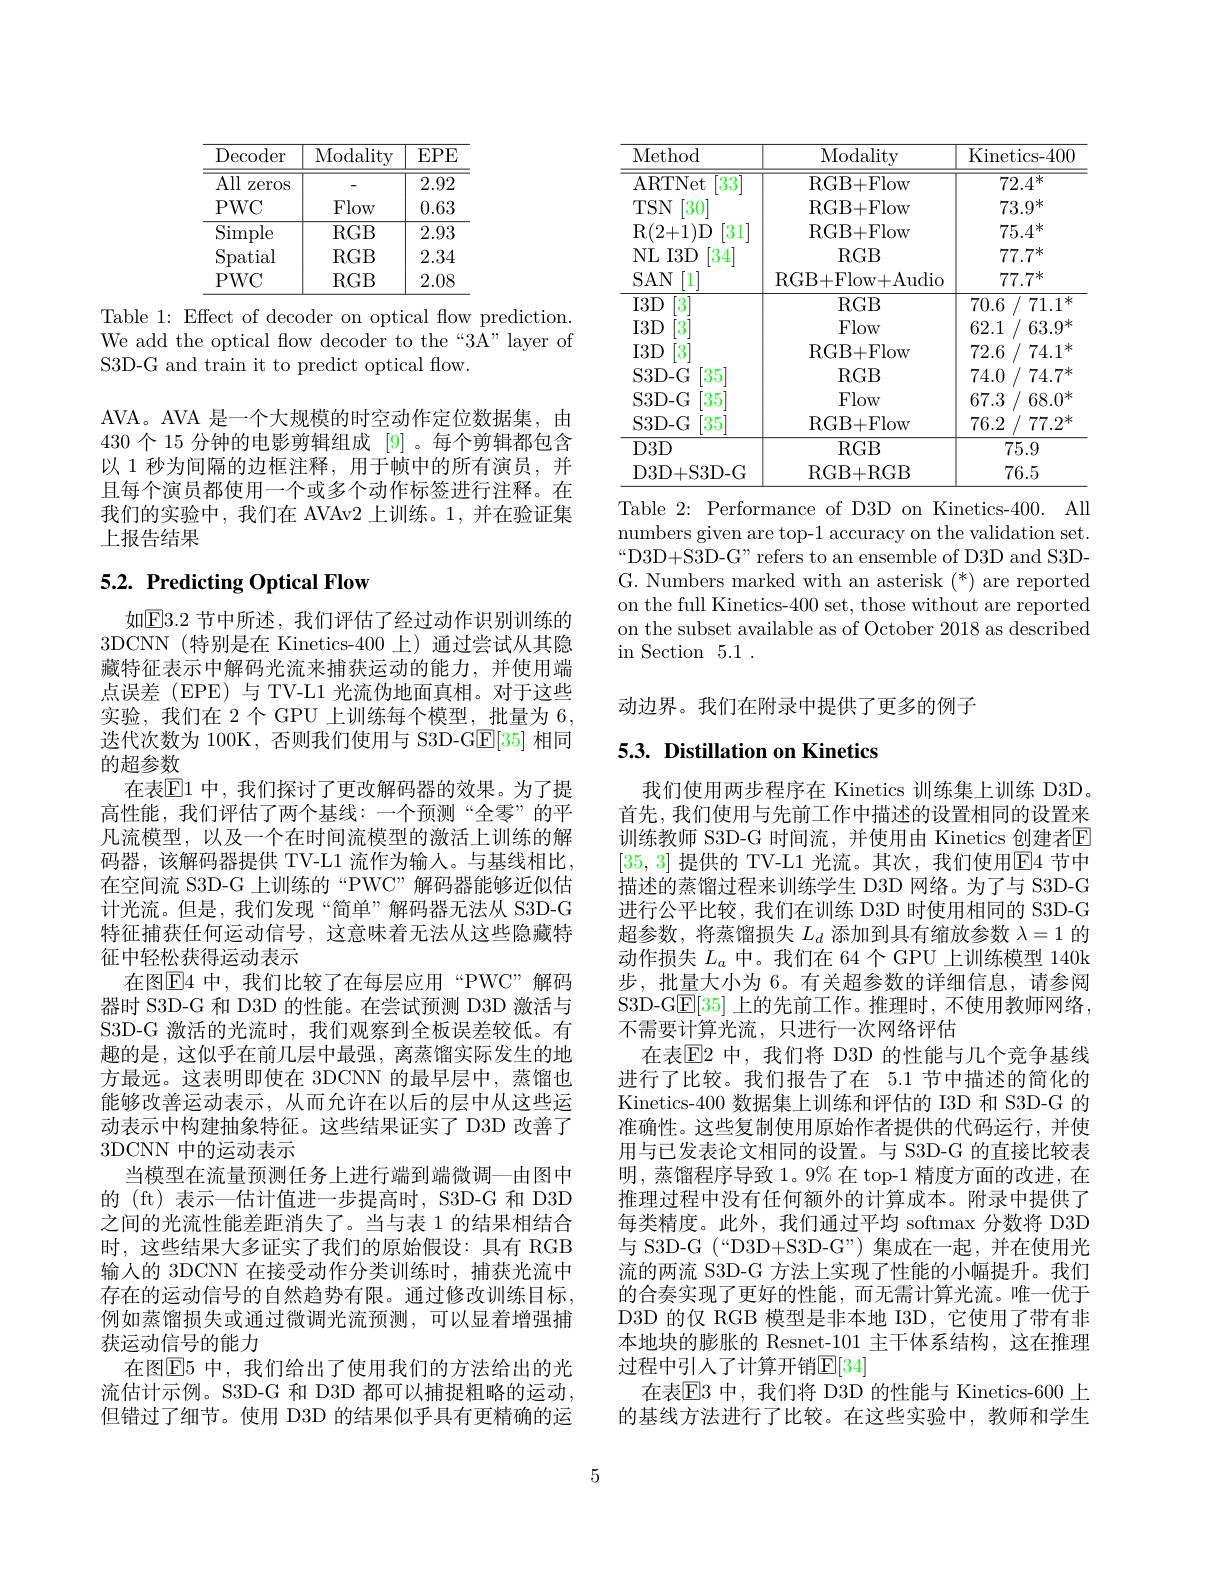
<table>
	<tbody>
		<tr>
			<th>$\operatorname{Decoder}$</th>
			<th>${\overline{{\mathrm{Modality}}}}$</th>
			<th>$EPE$</th>
		</tr>
		<tr>
			<td>All Zeros</td>
			<td> </td>
			<td>2.92</td>
		</tr>
		<tr>
			<td>$PWC$</td>
			<td>Flow</td>
			<td>0.63</td>
		</tr>
		<tr>
			<td>Simple</td>
			<td>$RGB$</td>
			<td>2.93</td>
		</tr>
		<tr>
			<td>Spatial</td>
			<td>$RGB$</td>
			<td>2.34</td>
		</tr>
		<tr>
			<td>PWC</td>
			<td>$RGB$</td>
			<td>2.08</td>
		</tr>
	</tbody>
</table>

Table 1: Effect of decoder on optical flow prediction. We add the optical flow decoder to the “3A”layer of S3D-G and train it to predict optical flow.

AVA。AVA 是一个大规模的时空动作定位数据集，由430个 15 分钟的电影剪辑组成 [9]。每个剪辑都包含以 1 秒为间隔的边框注释，用于帧中的所有演员，并且每个演员都使用一个或多个动作标签进行注释。在我们的实验中，我们在 AVAv2 上训练。1,并在验证集上报告结果

# $5. 2. \textbf{Predicting Optical Flow}$

如$\mathbb{E}3.2$ 节中所述，我们评估了经过动作识别训练的3DCNN (特别是在 Kinetics-400 上)通过尝试从其隐藏特征表示中解码光流来捕获运动的能力，并使用端点误差(EPE)与 TV-L1 光流伪地面真相。对于这些实验，我们在 2个 GPU 上训练每个模型，批量为 6, 迭代次数为 100K, 否则我们使用与 S3D-G$\underline{\mathrm{E}}[35]$相同的超参数
在表$\mathbb{E}$1 中，我们探讨了更改解码器的效果。为了提高性能，我们评估了两个基线：一个预测“全零”的平凡流模型，以及一个在时间流模型的激活上训练的解码器，该解码器提供 TV-L1 流作为输入。与基线相比， 在空间流 S3D-G 上训练的“PWC”解码器能够近似估计光流。但是，我们发现“简单”解码器无法从 S3D-G 特征捕获任何运动信号，这意味着无法从这些隐藏特征中轻松获得运动表示
在图$\mathbb{E}$4 中，我们比较了在每层应用“PWC”解码器时 S3D-G 和 D3D 的性能。在尝试预测 D3D 激活与S3D-G 激活的光流时，我们观察到全板误差较低。有趣的是，这似乎在前几层中最强，离蒸馏实际发生的地方最远。这表明即使在 3DCNN 的最早层中，蒸馏也能够改善运动表示，从而允许在以后的层中从这些运动表示中构建抽象特征。这些结果证实了 D3D 改善了3DCNN 中的运动表示
当模型在流量预测任务上进行端到端微调一由图中的 (ft) 表示—估计值进一步提高时，S3D-G 和 D3D 之间的光流性能差距消失了。当与表 1 的结果相结合时，这些结果大多证实了我们的原始假设：具有 RGB 输入的 3DCNN 在接受动作分类训练时，捕获光流中存在的运动信号的自然趋势有限。通过修改训练目标， 例如蒸馏损失或通过微调光流预测，可以显着增强捕获运动信号的能力
在图$\overline{\mathrm{E}}$5 中，我们给出了使用我们的方法给出的光流估计示例。S3D-G 和 D3D 都可以捕捉粗略的运动， 但错过了细节。使用 D3D 的结果似乎具有更精确的运

<table>
	<tbody>
		<tr>
			<th>Method</th>
			<th>Modality</th>
			<th>Kinetics- 40C</th>
		</tr>
		<tr>
			<td>ARTNet [33</td>
			<td>RGB+ Flow</td>
			<td>$72.4^{*}$</td>
		</tr>
		<tr>
			<td>$TSN$ $30^{-}$</td>
			<td>RGB+ Flow</td>
			<td>$73.9^{*}$</td>
		</tr>
		<tr>
			<td>R(2+1)D 31</td>
			<td>RGB+ Flow</td>
			<td>$75.4^{*}$</td>
		</tr>
		<tr>
			<td>$NL$ $I3D$ 34</td>
			<td>$RGB$</td>
			<td>$77.7^{*}$</td>
		</tr>
		<tr>
			<td>$I3D$ 3</td>
			<td>$RGB$</td>
			<td>70.6 $71.1^*$</td>
		</tr>
		<tr>
			<td>$I3D$ 3</td>
			<td>Flow</td>
			<td>62.1 $63.9^{*}$</td>
		</tr>
		<tr>
			<td>$I3D$ 3</td>
			<td>RGB+ Flow</td>
			<td>72.6 $74.1^*$</td>
		</tr>
		<tr>
			<td>S3D- G 35</td>
			<td>$RGB$</td>
			<td>74.0 $74.7^{*}$</td>
		</tr>
		<tr>
			<td>D3D+ S3D- G</td>
			<td>RGB+ RGB</td>
			<td>76.5</td>
		</tr>
	</tbody>
</table>
Table 2: Performance of D3D on Kinetics-400. All

numbers given are top-1 accuracy on the validation set. “D3D+S3D-G" refers to an ensemble of D3D and S3DG. Numbers marked with an asterisk $(^*)$ are reported on the full Kinetics-400 set, those without are reported on the subset available as of October 2018 as described in Section 5.1 .

动边界。我们在附录中提供了更多的例子

# 5.3. Distillation on Kinetics

我们使用两步程序在 Kinetics 训练集上训练 D3D, 首先，我们使用与先前工作中描述的设置相同的设置来训练教师 S3D-G 时间流，并使用由 Kinetics 创建者$\overline{\mathrm{E}}$ [35,3] 提供的 TV-L1 光流。其次，我们使用$\underline{\mathrm{E}}\underline{4}$ 节中描述的蒸馏过程来训练学生 D3D 网络。为了与 S3D-G 进行公平比较，我们在训练 D3D 时使用相同的 S3D-G 超参数，将蒸馏损失$L_d$添加到具有缩放参数$\lambda=1$的动作损失$L_a$中。我们在 64 个 GPU 上训练模型 140k 步，批量大小为 6。有关超参数的详细信息，请参阅S3D-G$\underline{\mathrm{E}}[35]$上的先前工作。推理时，不使用教师网络， 不需要计算光流，只进行一次网络评估
在表$\mathbb{E}$2 中，我们将 D3D 的性能与几个竞争基线进行了比较。我们报告了在 5.1 节中描述的简化的Kinetics-400 数据集上训练和评估的 I3D 和 S3D-G 的准确性。这些复制使用原始作者提供的代码运行，并使用与已发表论文相同的设置。与 S3D-G 的直接比较表明，蒸馏程序导致 1。9% 在 top-1 精度方面的改进，在推理过程中没有任何额外的计算成本。附录中提供了每类精度。此外，我们通过平均 softmax 分数将 D3D 与 S3D-G (“D3D+S3D-G”)集成在一起，并在使用光流的两流 S3D-G 方法上实现了性能的小幅提升。我们的合奏实现了更好的性能，而无需计算光流。唯一优于D3D 的仅 RGB 模型是非本地 I3D, 它使用了带有非本地块的膨胀的 Resnet-101 主干体系结构，这在推理过程中引人了计算开销$\mathbb{E}[34]$
在表$\mathbb{E}$5 中，我们将 D3D 的性能与 Kinetics-600 上的基线方法进行了比较。在这些实验中，教师和学生

5